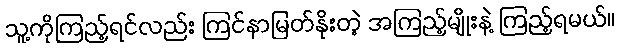
သူ့ကိုကြည့်ရင်လည်း ကြင်နာမြတ်နိုးတဲ့ အကြည့်မျိုးနဲ့ ကြည့်ရမယ်။